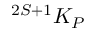
{ } ^ { 2 S + 1 } K _ { P }